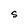
Character: S